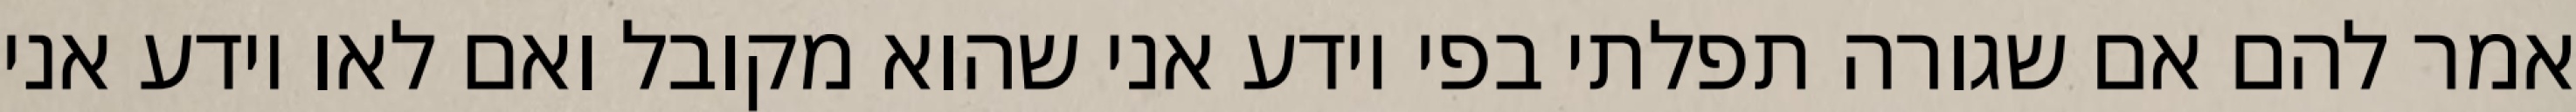
אמר להם אם שגורה תפלתי בפי יודע אני שהוא מקובל ואם לאו יודע אני